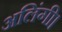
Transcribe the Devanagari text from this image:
अलिंगी।